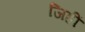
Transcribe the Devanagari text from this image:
जिहीं